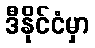
ဒီနိုင်ငံမှာ